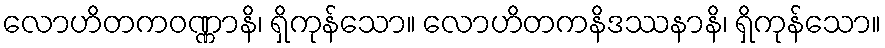
လောဟိတကဝဏ္ဏာနိ၊ ရှိကုန်သော။ လောဟိတကနိဒဿနာနိ၊ ရှိကုန်သော။